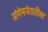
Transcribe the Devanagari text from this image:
संगेमनेरातील